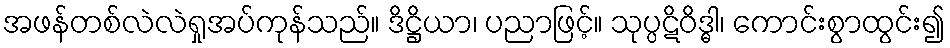
အဖန်တစ်လဲလဲရှုအပ်ကုန်သည်။ ဒိဋ္ဌိယာ၊ ပညာဖြင့်။ သုပ္ပဋိဝိဒ္ဓါ၊ ကောင်းစွာထွင်း၍